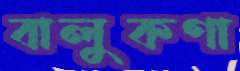
বালুকণা